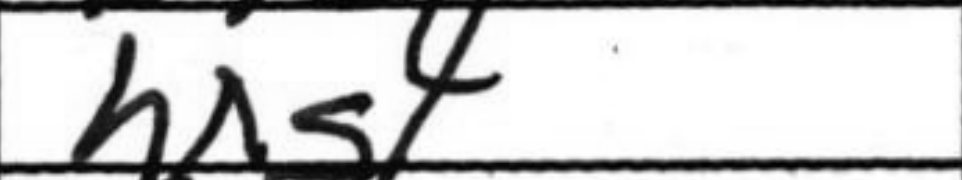
Transcription: hxg4